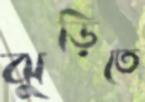
ঝুড়িতে